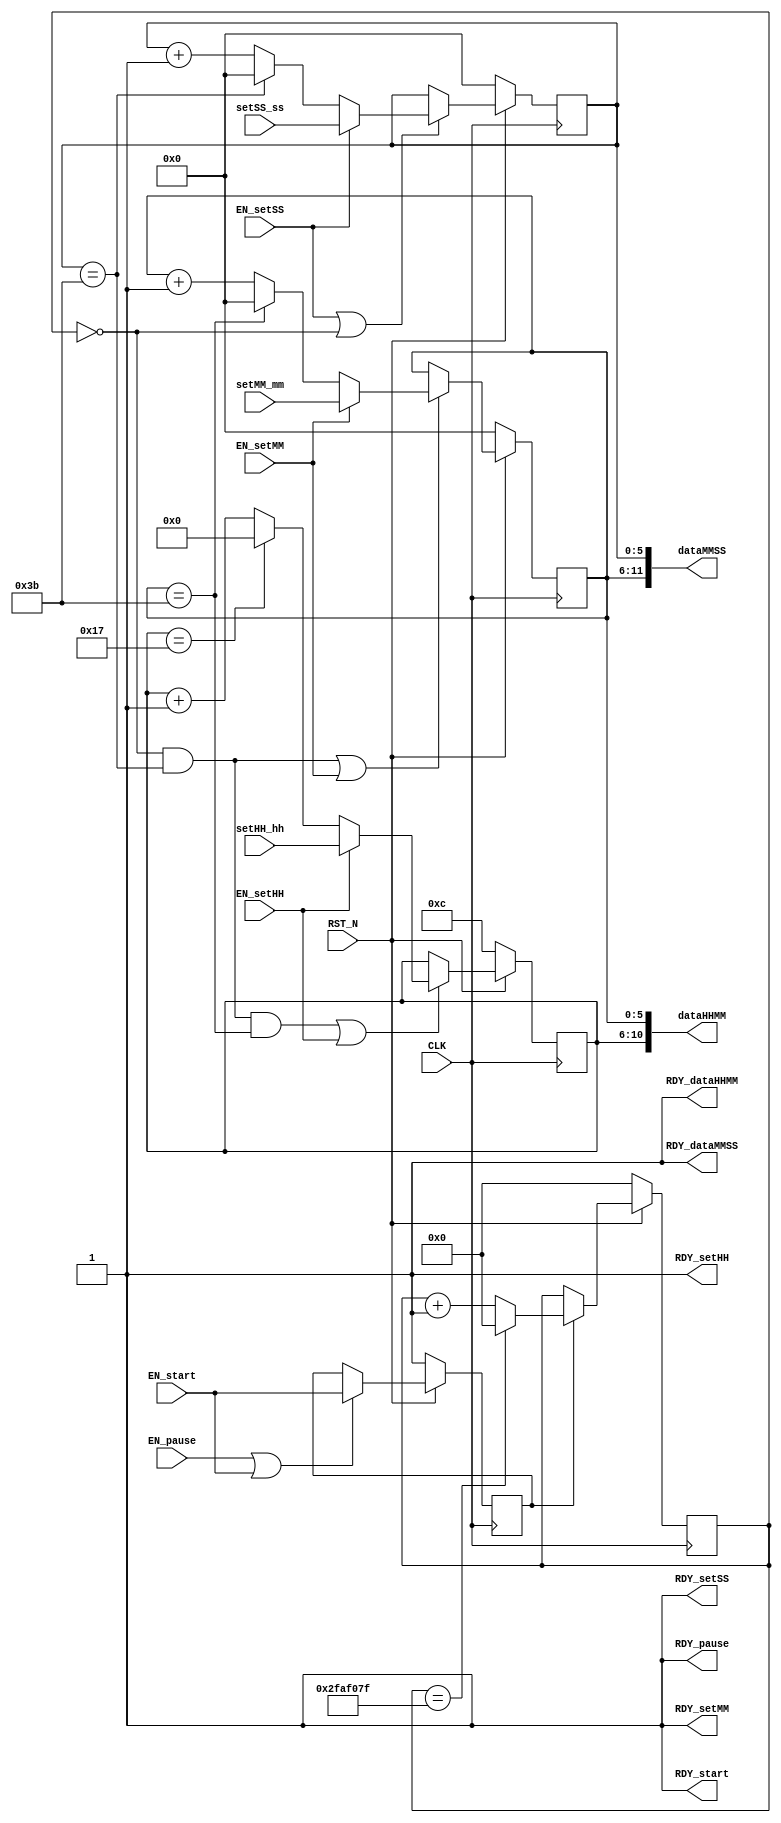
//
// Generated by Bluespec Compiler, version 2011.06.D (build 24470, 2011-06-30)
//
// On Sat Sep 24 00:47:35 IST 2011
//
// Method conflict info:
// Method: pause
// Conflict-free: setHH, setMM, setSS
// Sequenced before (restricted): pause, start
// Sequenced after (restricted): dataHHMM, dataMMSS
//
// Method: start
// Conflict-free: setHH, setMM, setSS
// Sequenced before (restricted): start
// Sequenced after (restricted): pause, dataHHMM, dataMMSS
//
// Method: setHH
// Conflict-free: pause, start, setMM, setSS
// Sequenced before (restricted): setHH
// Sequenced after (restricted): dataHHMM, dataMMSS
//
// Method: setMM
// Conflict-free: pause, start, setHH, setSS
// Sequenced before (restricted): setMM
// Sequenced after (restricted): dataHHMM, dataMMSS
//
// Method: setSS
// Conflict-free: pause, start, setHH, setMM
// Sequenced before (restricted): setSS
// Sequenced after (restricted): dataHHMM, dataMMSS
//
// Method: dataHHMM
// Conflict-free: dataHHMM, dataMMSS
// Sequenced before (restricted): pause, start, setHH, setMM, setSS
//
// Method: dataMMSS
// Conflict-free: dataHHMM, dataMMSS
// Sequenced before (restricted): pause, start, setHH, setMM, setSS
//
//
// Ports:
// Name                         I/O  size props
// RDY_pause                      O     1 const
// RDY_start                      O     1 const
// RDY_setHH                      O     1 const
// RDY_setMM                      O     1 const
// RDY_setSS                      O     1 const
// dataHHMM                       O    11 reg
// RDY_dataHHMM                   O     1 const
// dataMMSS                       O    12 reg
// RDY_dataMMSS                   O     1 const
// CLK                            I     1 clock
// RST_N                          I     1 reset
// setHH_hh                       I     5
// setMM_mm                       I     6
// setSS_ss                       I     6
// EN_pause                       I     1
// EN_start                       I     1
// EN_setHH                       I     1
// EN_setMM                       I     1
// EN_setSS                       I     1
//
// No combinational paths from inputs to outputs
//
//

`ifdef BSV_ASSIGNMENT_DELAY
`else
`define BSV_ASSIGNMENT_DELAY
`endif

module mkClock(CLK,
	       RST_N,

	       EN_pause,
	       RDY_pause,

	       EN_start,
	       RDY_start,

	       setHH_hh,
	       EN_setHH,
	       RDY_setHH,

	       setMM_mm,
	       EN_setMM,
	       RDY_setMM,

	       setSS_ss,
	       EN_setSS,
	       RDY_setSS,

	       dataHHMM,
	       RDY_dataHHMM,

	       dataMMSS,
	       RDY_dataMMSS);
  input  CLK;
  input  RST_N;

  // action method pause
  input  EN_pause;
  output RDY_pause;

  // action method start
  input  EN_start;
  output RDY_start;

  // action method setHH
  input  [4 : 0] setHH_hh;
  input  EN_setHH;
  output RDY_setHH;

  // action method setMM
  input  [5 : 0] setMM_mm;
  input  EN_setMM;
  output RDY_setMM;

  // action method setSS
  input  [5 : 0] setSS_ss;
  input  EN_setSS;
  output RDY_setSS;

  // value method dataHHMM
  output [10 : 0] dataHHMM;
  output RDY_dataHHMM;

  // value method dataMMSS
  output [11 : 0] dataMMSS;
  output RDY_dataMMSS;

  // signals for module outputs
  wire [11 : 0] dataMMSS;
  wire [10 : 0] dataHHMM;
  wire RDY_dataHHMM,
       RDY_dataMMSS,
       RDY_pause,
       RDY_setHH,
       RDY_setMM,
       RDY_setSS,
       RDY_start;

  // register decelerator
  reg [25 : 0] decelerator;
  wire [25 : 0] decelerator$D_IN;
  wire decelerator$EN;

  // register hrs
  reg [4 : 0] hrs;
  wire [4 : 0] hrs$D_IN;
  wire hrs$EN;

  // register min
  reg [5 : 0] min;
  wire [5 : 0] min$D_IN;
  wire min$EN;

  // register running
  reg running;
  wire running$D_IN, running$EN;

  // register sec
  reg [5 : 0] sec;
  wire [5 : 0] sec$D_IN;
  wire sec$EN;

  // inputs to muxes for submodule ports
  wire [5 : 0] MUX_min$write_1__VAL_2, MUX_sec$write_1__VAL_2;
  wire [4 : 0] MUX_hrs$write_1__VAL_2;

  // remaining internal signals
  wire [25 : 0] x__h307;
  wire [5 : 0] x__h339, x__h378;
  wire [4 : 0] x__h410;

  // action method pause
  assign RDY_pause = 1'd1 ;

  // action method start
  assign RDY_start = 1'd1 ;

  // action method setHH
  assign RDY_setHH = 1'd1 ;

  // action method setMM
  assign RDY_setMM = 1'd1 ;

  // action method setSS
  assign RDY_setSS = 1'd1 ;

  // value method dataHHMM
  assign dataHHMM = { hrs, min } ;
  assign RDY_dataHHMM = 1'd1 ;

  // value method dataMMSS
  assign dataMMSS = { min, sec } ;
  assign RDY_dataMMSS = 1'd1 ;

  // inputs to muxes for submodule ports
  assign MUX_hrs$write_1__VAL_2 = (hrs == 5'd23) ? 5'd0 : x__h410 ;
  assign MUX_min$write_1__VAL_2 = (min == 6'd59) ? 6'd0 : x__h378 ;
  assign MUX_sec$write_1__VAL_2 = (sec == 6'd59) ? 6'd0 : x__h339 ;

  // register decelerator
  assign decelerator$D_IN = (decelerator == 26'd49999999) ? 26'd0 : x__h307 ;
  assign decelerator$EN = running ;

  // register hrs
  assign hrs$D_IN = EN_setHH ? setHH_hh : MUX_hrs$write_1__VAL_2 ;
  assign hrs$EN =
	     decelerator == 26'd0 && sec == 6'd59 && min == 6'd59 ||
	     EN_setHH ;

  // register min
  assign min$D_IN = EN_setMM ? setMM_mm : MUX_min$write_1__VAL_2 ;
  assign min$EN = decelerator == 26'd0 && sec == 6'd59 || EN_setMM ;

  // register running
  assign running$D_IN = EN_start ;
  assign running$EN = EN_pause || EN_start ;

  // register sec
  assign sec$D_IN = EN_setSS ? setSS_ss : MUX_sec$write_1__VAL_2 ;
  assign sec$EN = EN_setSS || decelerator == 26'd0 ;

  // remaining internal signals
  assign x__h307 = decelerator + 26'd1 ;
  assign x__h339 = sec + 6'd1 ;
  assign x__h378 = min + 6'd1 ;
  assign x__h410 = hrs + 5'd1 ;

  // handling of inlined registers

  always@(posedge CLK)
  begin
    if (!RST_N)
      begin
        decelerator <= `BSV_ASSIGNMENT_DELAY 26'd0;
	hrs <= `BSV_ASSIGNMENT_DELAY 5'b01100;
	min <= `BSV_ASSIGNMENT_DELAY 6'd0;
	running <= `BSV_ASSIGNMENT_DELAY 1'd1;
	sec <= `BSV_ASSIGNMENT_DELAY 6'd0;
      end
    else
      begin
        if (decelerator$EN)
	  decelerator <= `BSV_ASSIGNMENT_DELAY decelerator$D_IN;
	if (hrs$EN) hrs <= `BSV_ASSIGNMENT_DELAY hrs$D_IN;
	if (min$EN) min <= `BSV_ASSIGNMENT_DELAY min$D_IN;
	if (running$EN) running <= `BSV_ASSIGNMENT_DELAY running$D_IN;
	if (sec$EN) sec <= `BSV_ASSIGNMENT_DELAY sec$D_IN;
      end
  end

  // synopsys translate_off
  `ifdef BSV_NO_INITIAL_BLOCKS
  `else // not BSV_NO_INITIAL_BLOCKS
  initial
  begin
    decelerator = 26'h2AAAAAA;
    hrs = 5'h0A;
    min = 6'h2A;
    running = 1'h0;
    sec = 6'h2A;
  end
  `endif // BSV_NO_INITIAL_BLOCKS
  // synopsys translate_on
endmodule  // mkClock